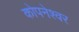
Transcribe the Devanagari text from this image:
कोपनेश्वर